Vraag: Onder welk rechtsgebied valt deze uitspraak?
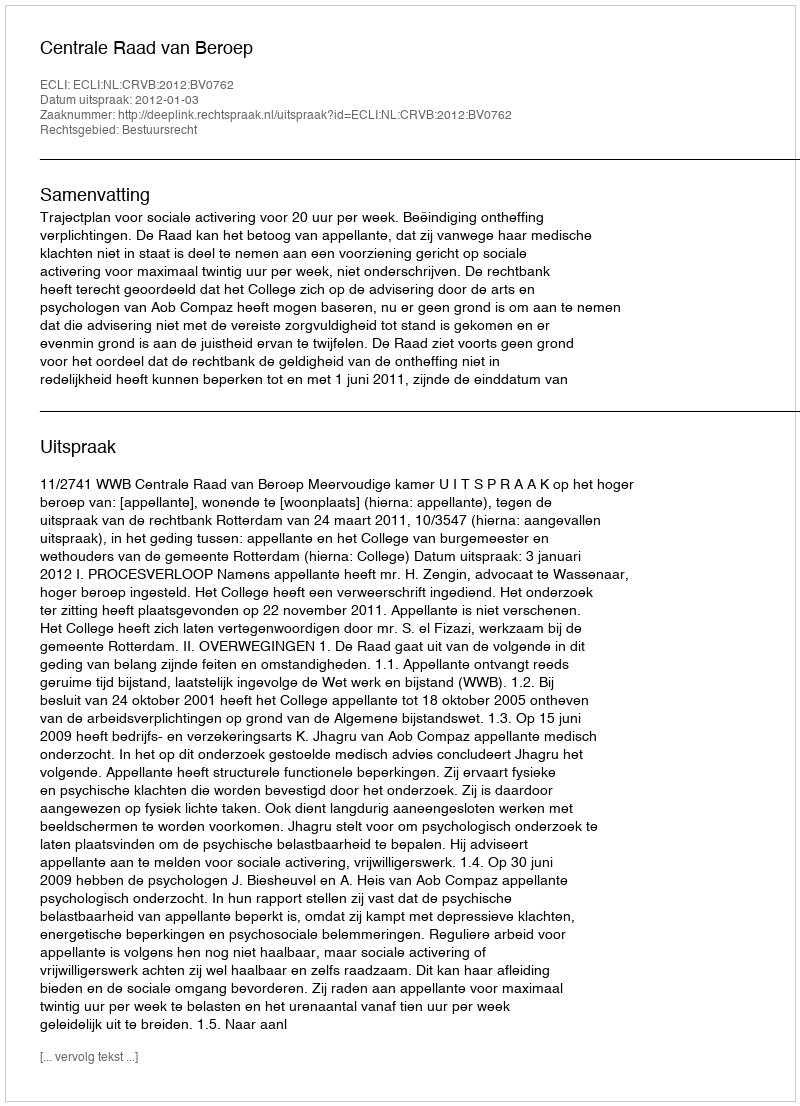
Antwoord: Bestuursrecht